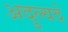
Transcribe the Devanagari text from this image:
अदुल्यदे